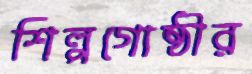
শিল্পগোষ্ঠীর